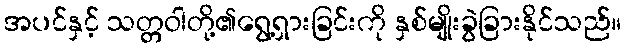
အပင်နှင့် သတ္တဝါတို့၏ရွေ့ရှားခြင်းကို နှစ်မျိုးခွဲခြားနိုင်သည်။